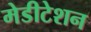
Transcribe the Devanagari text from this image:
मेडीटेशन